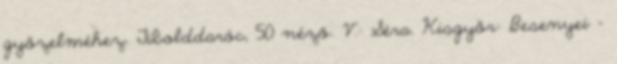
győzelméhez. Tibolddaróc, 50 néző. V.: Séra. Kisgyőr: Besenyei –